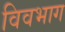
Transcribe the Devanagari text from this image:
विवभाग